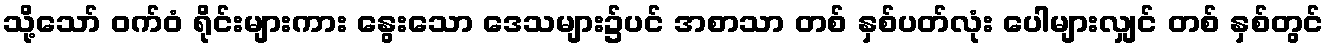
သို့သော် ဝက်ဝံ ရိုင်းများကား နွေးသော ဒေသများ၌ပင် အစာသာ တစ် နှစ်ပတ်လုံး ပေါများလျှင် တစ် နှစ်တွင်